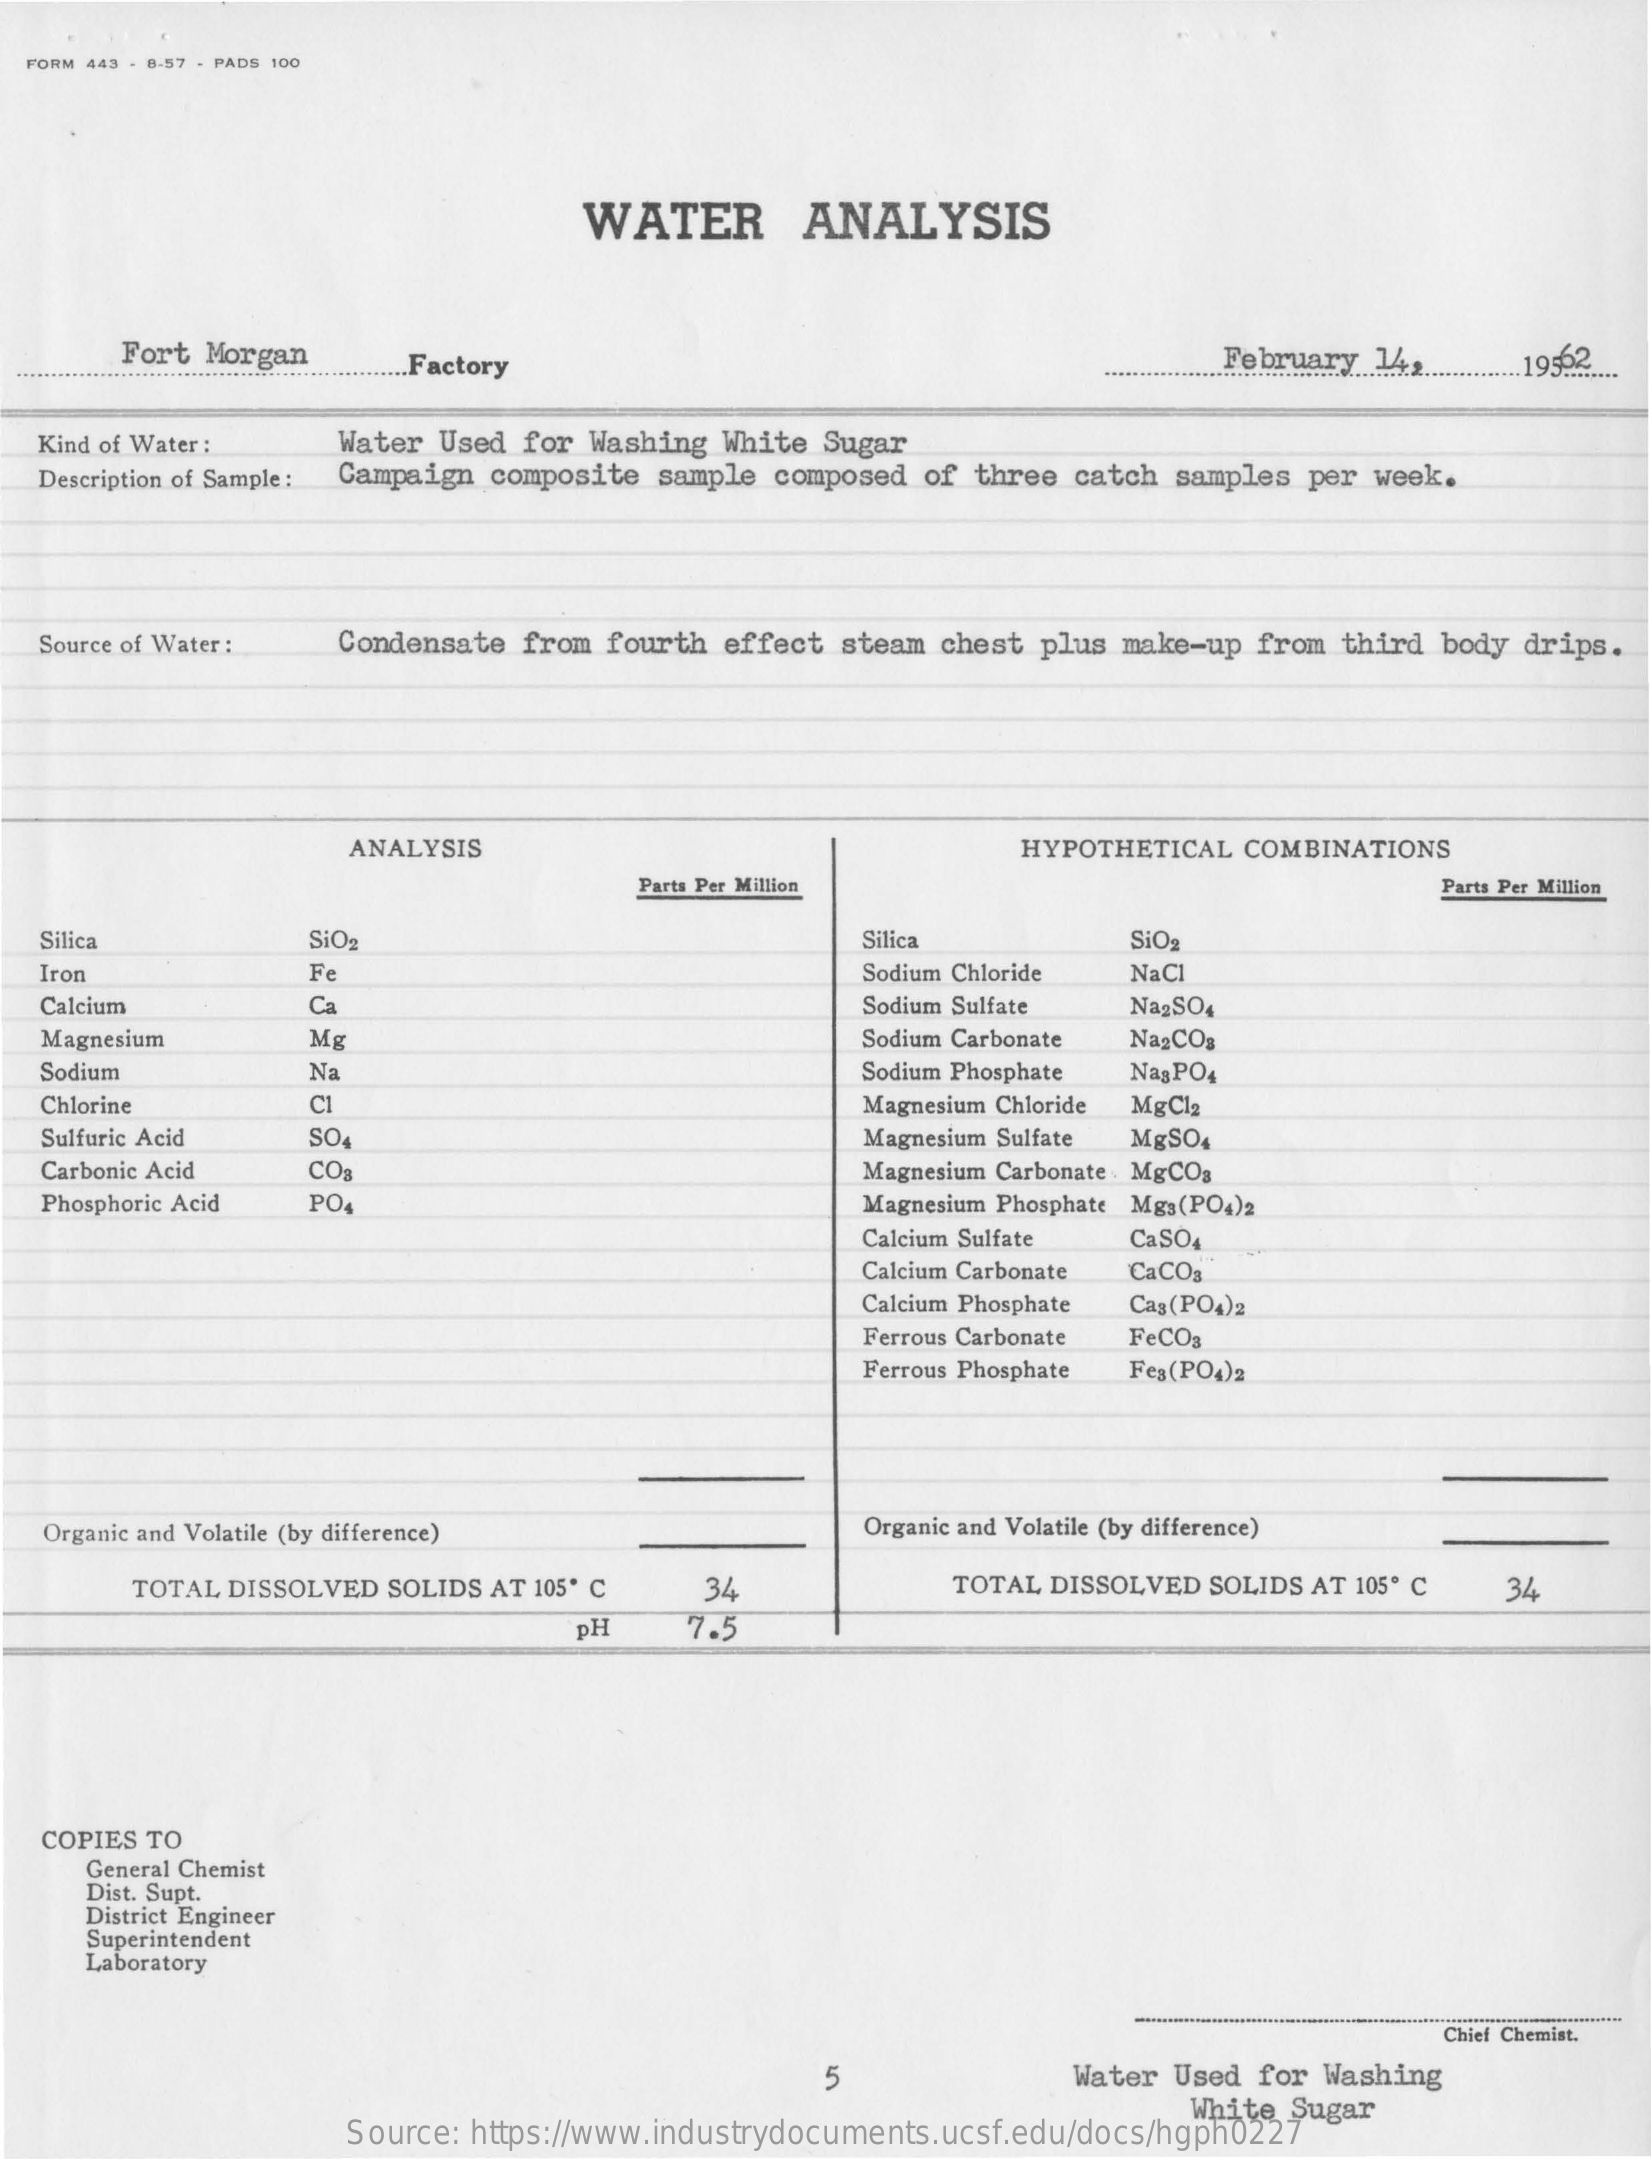
FORM 443 - 8-57 - PADS 100
     WATER    ANALYSIS
     Fort Morgan   .Factory    February .. ................ 195.2.
  Kind of Water : Water Used for Washing White Sugar
  Description of Sample : Campaign composite sample composed of three catch samples per week.
  Source of Water : Condensate from fourth effect steam chest plus make-up from third body drips.
     ANALYSIS    HYPOTHETICAL COMBINATIONS
     Parts Per Million    Parts Per Million
  Silica    SiO2    Silica    SiO2
  Iron    Fe    Sodium Chloride NaCl
  Calcium    Ca    Sodium Sulfate Na2SO4
  Magnesium    Mg    Sodium Carbonate NagCOs
  Sodium    Na    Sodium Phosphate Nag PO4
  Chlorine    Magnesium Chloride MgCla
  Sulfuric Acid SO4    Magnesium Sulfate MgSO4
  Carbonic Acid CO3    Magnesium Carbonate MgCOg
  Phosphoric Acid PO    Magnesium Phosphate Mgs(PO4)2
     Calcium Sulfate CaSO4
     Calcium Carbonate CaCO
     Calcium Phosphate Cag(PO4)2
     Ferrous Carbonate FeCO3
     Ferrous Phosphate Fea(PO4)2
  Organic and Volatile (by difference)    Organic and Volatile (by difference)
     TOTAL DISSOLVED SOLIDS AT 105º C 34    TOTAL DISSOLVED SOLIDS AT 105º C 34
     pH    7.5
  COPIES TO
     General Chemist
     Dist. Supt.
     District Engineer
     Superintendent
     Laboratory
     Chief Chemist.
     5    Water Used for Washing
     Source: https://www.industrydocuments.ucsf.edu/docs/hgph0227
     White Sugar